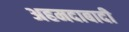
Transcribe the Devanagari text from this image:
अहमदाबादी